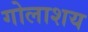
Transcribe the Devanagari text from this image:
गोलाशय